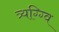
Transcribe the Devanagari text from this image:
त्र्यग्ग्वि